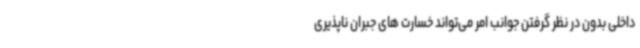
داخلی بدون در نظر گرفتن جوانب امر می‌تواند خسارت های جبران ناپذیری